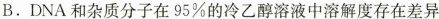
B.DNA和杂质分子在95%的冷乙醇溶液中溶解度存在差异